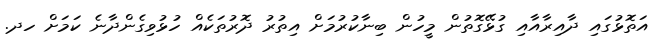
އަތޮޅުގައި ދާއިރާއާއި ގުޅޭގޮތުން މީހުން ބިނާކުރުމަށް އިތުރު ދޮރުތަކެއް ހުޅުވިގެންދާނެ ކަމަށް ހދ.